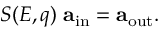
S ( E , q ) \; \mathbf { a } _ { \mathrm { i n } } = \mathbf { a } _ { \mathrm { o u t } } .